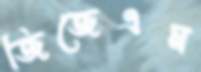
জিজেএম